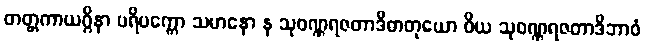
တတ္တကာယဂ္ဂိနာ ပရိပက္ကော သမာနော န သုဝဏ္ဏရဇတာဒိဓာတုယော ဝိယ သုဝဏ္ဏရဇတာဒိဘာဝံ